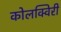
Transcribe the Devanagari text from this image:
कोलक्विरी